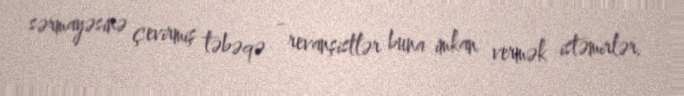
sərmayəsinə çevirmiş təbəqə - revanşistlər buna imkan vermək istəmirlər.